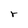
Character: r